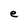
Character: e